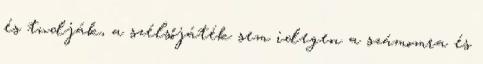
és tudják, a szélsőjáték sem idegen a számomra és